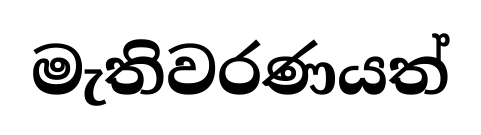
මැතිවරණයත්